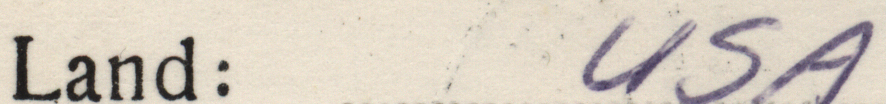
Land: USA